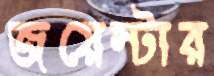
জয়েন্টার